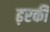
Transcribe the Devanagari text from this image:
ढ़रकी